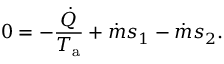
0 = - { \frac { \dot { Q } } { T _ { \mathrm { a } } } } + { \dot { m } } s _ { 1 } - { \dot { m } } s _ { 2 } .